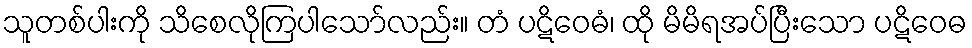
သူတစ်ပါးကို သိစေလိုကြပါသော်လည်း။ တံ ပဋိဝေဓံ၊ ထို မိမိရအပ်ပြီးသော ပဋိဝေဓ